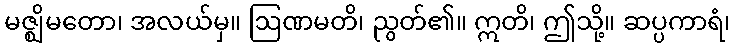
မဇ္ဈိမတော၊ အလယ်မှ။ ဩဏမတိ၊ ညွတ်၏။ ဣတိ၊ ဤသို့။ ဆပ္ပကာရံ၊